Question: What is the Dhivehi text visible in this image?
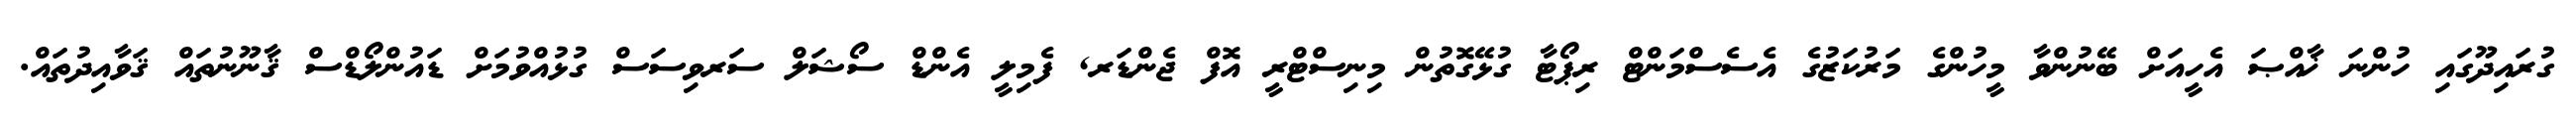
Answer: ގުރައިދޫގައި ހުންނަ ޚާއްޞަ އެހީއަށް ބޭނުންވާ މީހުންގެ މަރުކަޒުގެ އެސެސްމަންޓް ރިޕޯޓާ ގުޅޭގޮތުން މިނިސްޓްރީ އޮފް ޖެންޑަރ, ފެމިލީ އެންޑް ސޯޝަލް ސަރވިސަސް ގުޅުއްވުމަށް ޑައުންލޯޑްސް ޤާނޫނުތައް ޤަވާއިދުތައް.